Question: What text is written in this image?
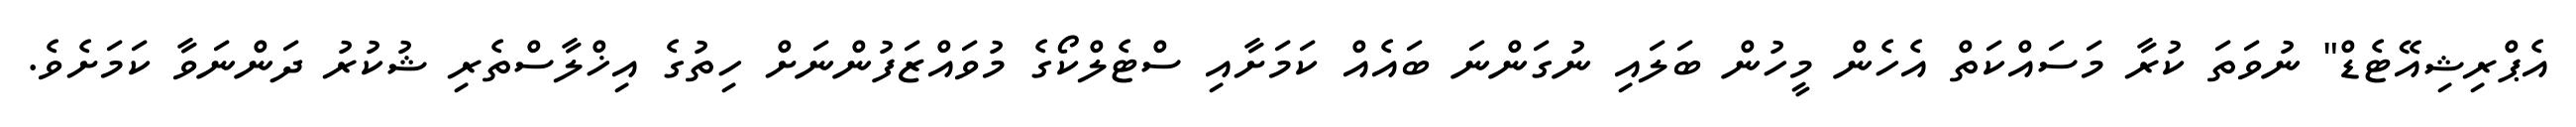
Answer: އެޕްރިޝިއޭޓެޑް" ނުވަތަ ކުރާ މަސައްކަތް އެހެން މީހުން ބަލައި ނުގަންނަ ބައެއް ކަމަށާއި ސްޓެލްކޯގެ މުވައްޒަފުންނަށް ހިތުގެ އިޚްލާސްތެރި ޝުކުރު ދަންނަވާ ކަމަށެވެ.